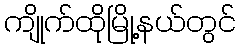
ကျိုက်ထိုမြို့နယ်တွင်